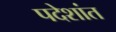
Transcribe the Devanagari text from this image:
पदेशांत